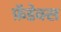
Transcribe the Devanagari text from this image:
फ़ॅडेक्स